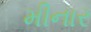
મીનાર